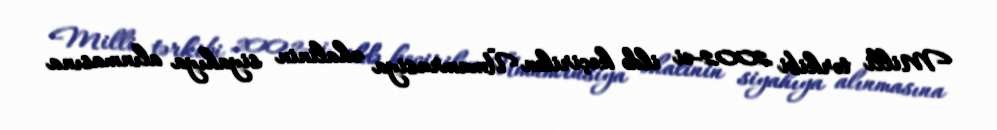
Milli tərkibi 2002-ci ildə keçirilən Ümumrusiya əhalinin siyahıya alınmasına